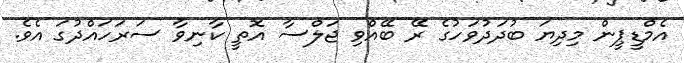
އެމްޑީޕީން މިދިޔަ ބުދަދުވަހުގެ ރޭ ބޭއްވި ޖަލްސާ އޮތީ ކާނިވާ ސަރަހައްދުގަ އެވެ.